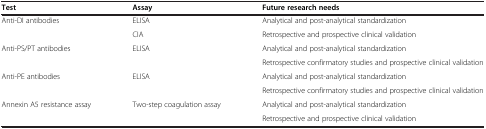
<table><thead><tr><td><b>Test</b></td><td><b>Assay</b></td><td><b>Future research needs</b></td></tr></thead><tbody><tr><td rowspan="2">Anti-DI antibodies</td><td>ELISA</td><td>Analytical and post-analytical standardization</td></tr><tr><td>CIA</td><td>Retrospective and prospective clinical validation</td></tr><tr><td rowspan="2">Anti-PS/PT antibodies</td><td rowspan="2">ELISA</td><td>Analytical and post-analytical standardization</td></tr><tr><td>Retrospective confirmatory studies and prospective clinical validation</td></tr><tr><td rowspan="2">Anti-PE antibodies</td><td rowspan="2">ELISA</td><td>Analytical and post-analytical standardization</td></tr><tr><td>Retrospective confirmatory studies and prospective clinical validation</td></tr><tr><td>Annexin A5 resistance assay</td><td>Two-step coagulation assay</td><td>Analytical and post-analytical standardization</td></tr><tr><td> </td><td> </td><td>Retrospective and prospective clinical validation</td></tr></tbody></table>